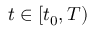
t \in [ t _ { 0 } , T )